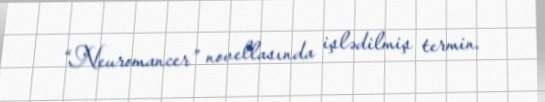
“Neuromancer” novellasında işlədilmiş termin.